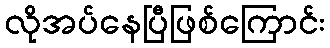
လိုအပ်နေပြီဖြစ်ကြောင်း